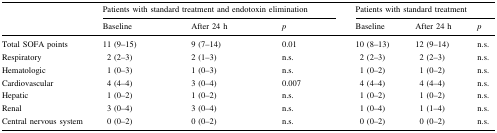
| <ROWSPAN=2>  | <COLSPAN=3> Patients with standard treatment and endotoxin elimination | <COLSPAN=3> Patients with standard treatment |
 | Baseline | After 24 h | p | Baseline | After 24 h | p |
 | --- | --- | --- | --- | --- | --- | --- |
 | Total SOFA points | 11 (9–15) | 9 (7–14) | 0.01 | 10 (8–13) | 12 (9–14) | n.s. |
 | Respiratory | 2 (2–3) | 2 (1–3) | n.s. | 2 (2–3) | 2 (2–3) | n.s. |
 | Hematologic | 1 (0–3) | 1 (0–3) | n.s. | 1 (0–2) | 1 (0–2) | n.s. |
 | Cardiovascular | 4 (4–4) | 3 (0–4) | 0.007 | 4 (4–4) | 4 (4–4) | n.s. |
 | Hepatic | 1 (0–2) | 1 (0–2) | n.s. | 1 (0–2) | 1 (0–2) | n.s. |
 | Renal | 3 (0–4) | 3 (0–4) | n.s. | 1 (0–4) | 1 (1–4) | n.s. |
 | Central nervous system | 0 (0–2) | 0 (0–2) | n.s. | 0 (0–2) | 0 (0–2) | n.s. |